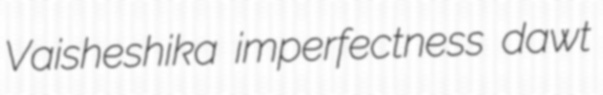
Vaisheshika imperfectness dawt